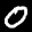
Label: 0